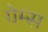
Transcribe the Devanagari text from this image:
ग्रेम्स